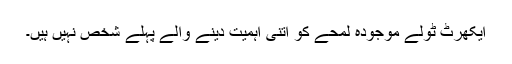
ایکھرٹ ٹولے موجودہ لمحے کو اتنی اہمیت دینے والے پہلے شخص نہیں ہیں۔